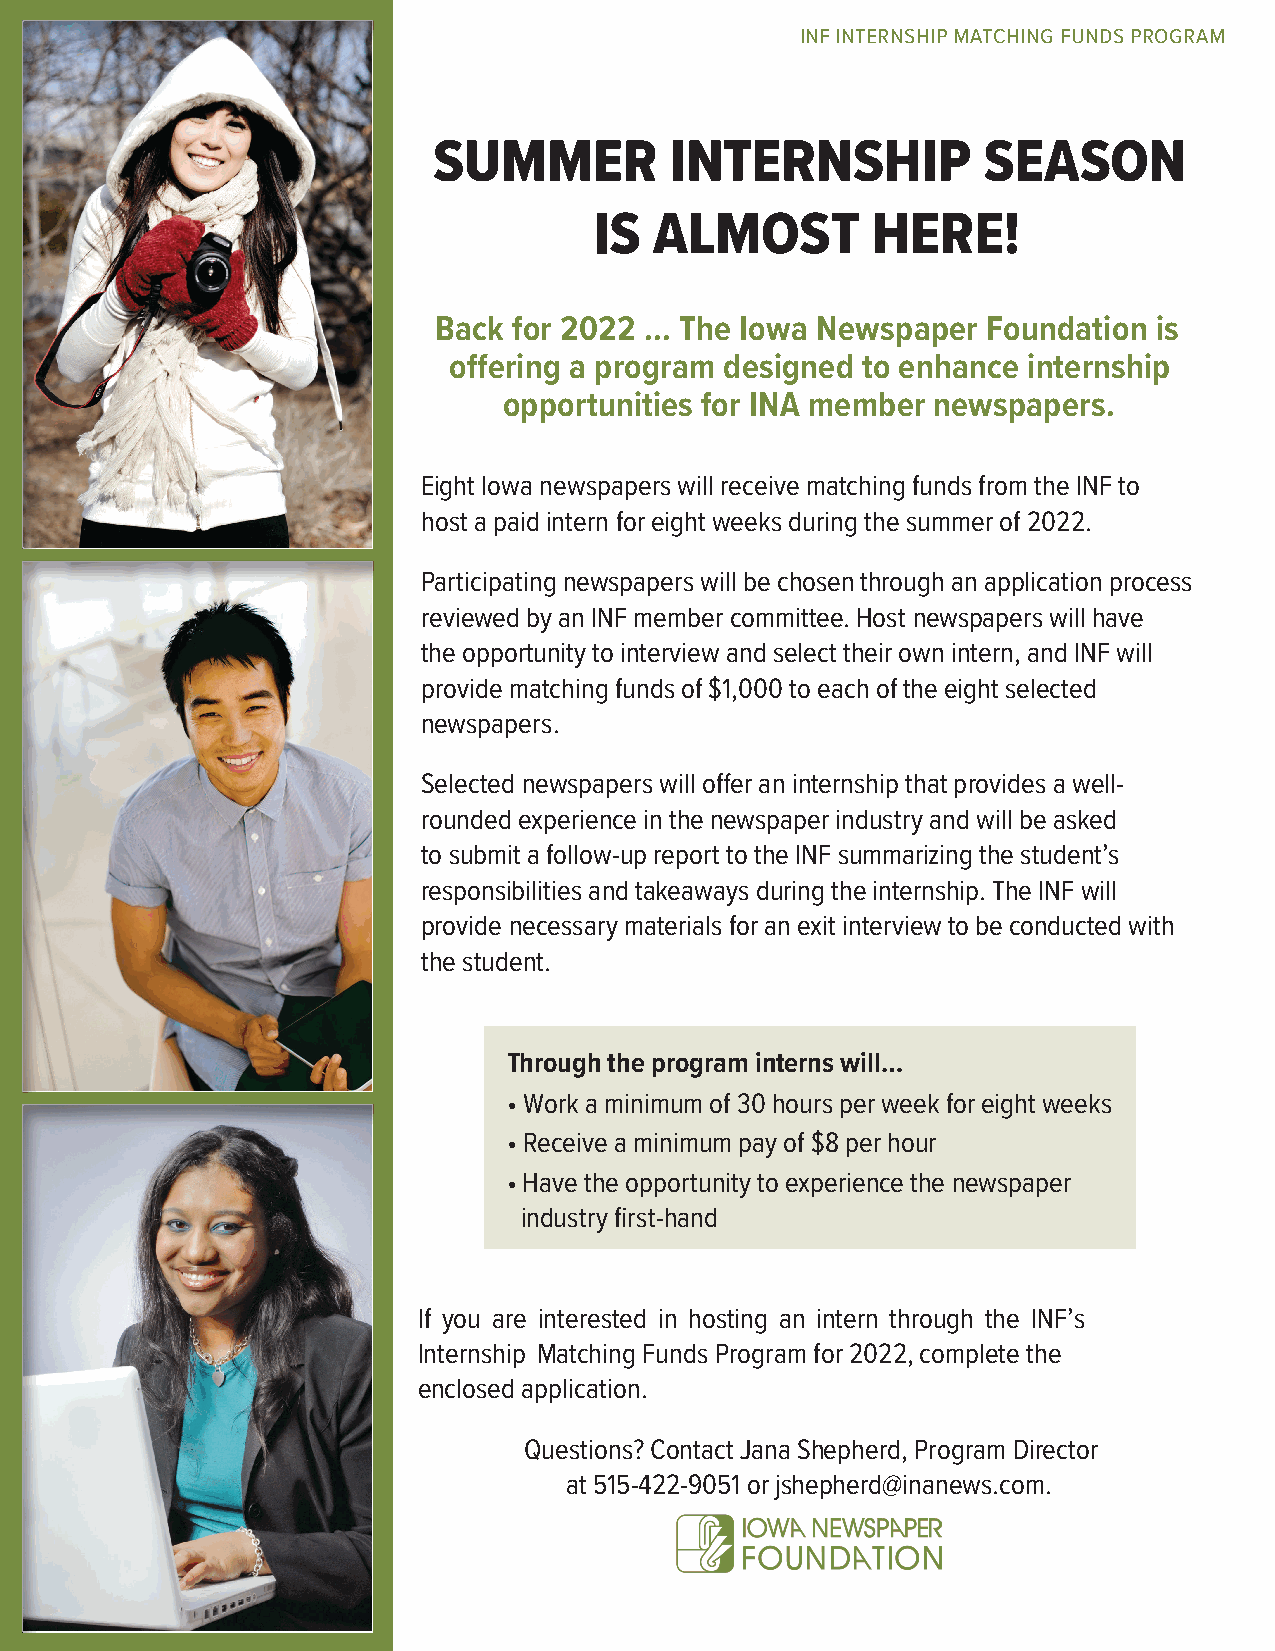
INF INTERNSHIP MATCHING FUNDS PROGRAM
 SUMMER         INTERNSHIP           SEASON
 IS  ALMOST         HERE!
 Back for 2022 ... The Iowa Newspaper Foundation is
 offering a program designed to enhance internship
 opportunities for INA member newspapers.
 Eight Iowa newspapers will receive matching funds from the INF to
 host a paid intern for eight weeks during the summer of 2022.
 Participating newspapers will be chosen through an application process
 reviewed by an INF member committee. Host newspapers will have
 the opportunity to interview and select their own intern, and INF will
 provide matching funds of $1,000 to each of the eight selected
 newspapers.
 Selected newspapers will offer an internship that provides a well-
 rounded experience in the newspaper industry and will be asked
 to submit a follow-up report to the INF summarizing the student’s
 responsibilities and takeaways during the internship. The INF will
 provide necessary materials for an exit interview to be conducted with
 the student.
 Through the program interns will…
 • Work a minimum of 30 hours per week for eight weeks
 • Receive a minimum pay of $8 per hour
 • Have the opportunity to experience the newspaper
 industry first-hand
 If you are interested in hosting an intern through the INF’s
 Internship Matching Funds Program for 2022, complete the
 enclosed application.
 Questions? Contact Jana Shepherd, Program Director
 at 515-422-9051 or jshepherd@inanews.com.